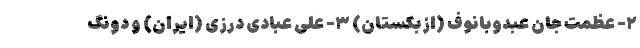
۲- عظمت جان عبدوبانوف (ازبکستان) ۳- علی عبادی درزی (ایران) و دونگ